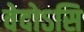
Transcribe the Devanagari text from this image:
वेदोऽसि